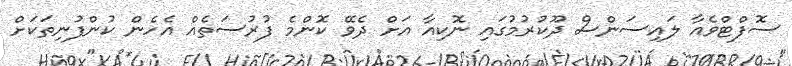
ސޮފްޓްވެއާ ލައިސަންސް ދޫކުރުމުގައި ނޮކިއާ އަށް ދެވޭ ކޮންމެ ފުރުސަތެއް އެހެން ކުންފުނިތަކަށް